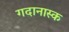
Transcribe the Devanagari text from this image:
गदानास्क